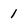
Character: 1